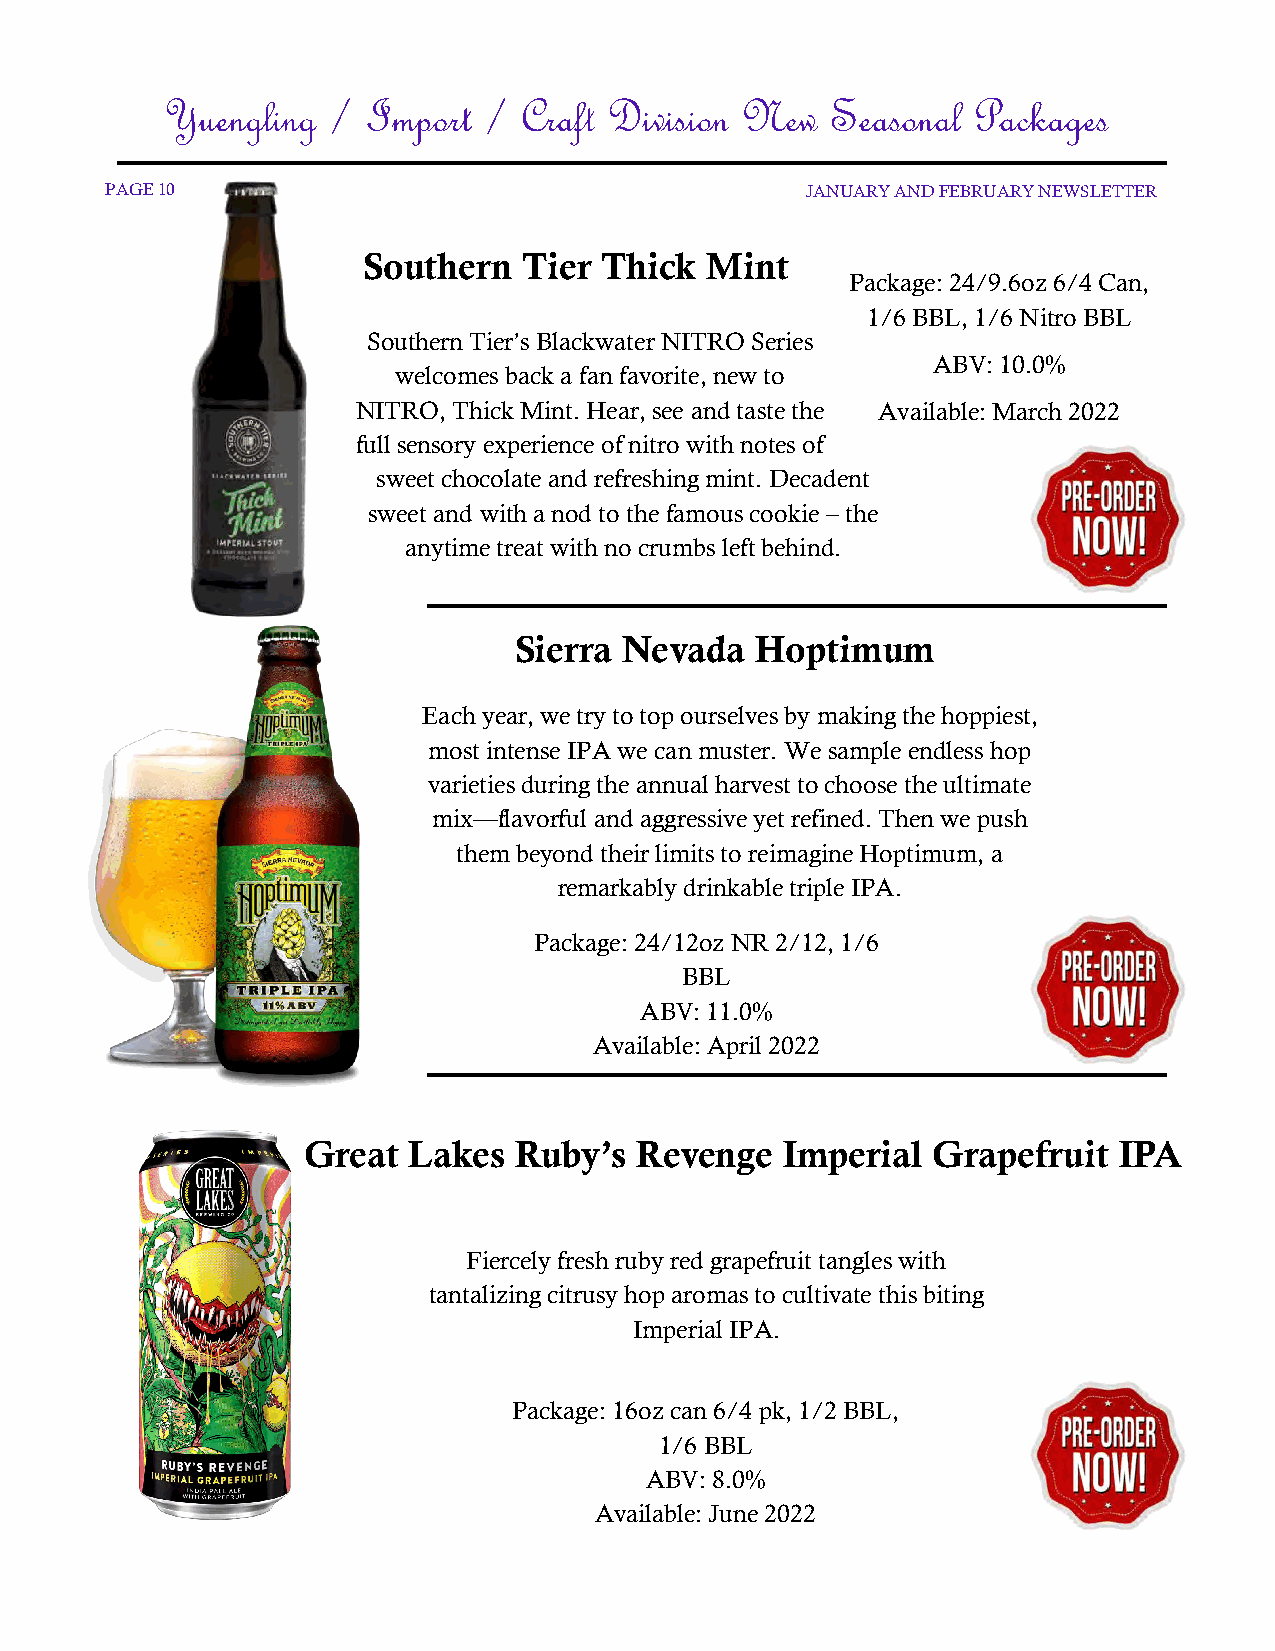
Yuengling  / Import  / Craft Division New   Seasonal Packages
 PAGE 10                                       JANUARY AND FEBRUARY NEWSLETTER
 Southern   Tier Thick  Mint
 Package: 24/9.6oz 6/4 Can,
 1/6 BBL, 1/6 Nitro BBL
 Southern Tier’s Blackwater NITRO Series
 ABV: 10.0%
 welcomes back a fan favorite, new to
 NITRO, Thick Mint. Hear, see and taste the Available: March 2022
 full sensory experience of nitro with notes of
 sweet chocolate and refreshing mint. Decadent
 sweet and with a nod to the famous cookie – the
 anytime treat with no crumbs left behind.
 Sierra Nevada   Hoptimum
 Each year, we try to top ourselves by making the hoppiest,
 most intense IPA we can muster. We sample endless hop
 varieties during the annual harvest to choose the ultimate
 mix—flavorful and aggressive yet refined. Then we push
 them beyond their limits to reimagine Hoptimum, a
 remarkably drinkable triple IPA.
 Package: 24/12oz NR 2/12, 1/6
 BBL
 ABV: 11.0%
 Available: April 2022
 Great  Lakes  Ruby’s  Revenge   Imperial  Grapefruit  IPA
 Fiercely fresh ruby red grapefruit tangles with
 tantalizing citrusy hop aromas to cultivate this biting
 Imperial IPA.
 Package: 16oz can 6/4 pk, 1/2 BBL,
 1/6 BBL
 ABV: 8.0%
 Available: June 2022